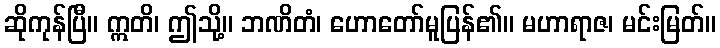
ဆိုကုန်ပြီ။ ဣတိ၊ ဤသို့။ ဘဏိတံ၊ ဟောတော်မူပြန်၏။ မဟာရာဇ၊ မင်းမြတ်။